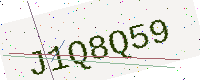
Text: J1Q8Q59